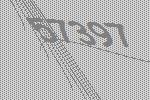
57397